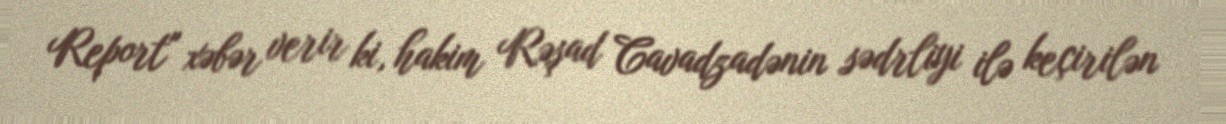
Report" xəbər verir ki, hakim Rəşad Cavadzadənin sədrliyi ilə keçirilən